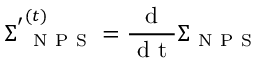
\boldsymbol { \Sigma ^ { ' } } _ { \mathrm { ~ N ~ P ~ S ~ } } ^ { ( t ) } = \frac { \mathrm { ~ d ~ } } { \mathrm { ~ d ~ t ~ } } \boldsymbol { \Sigma } _ { \mathrm { ~ N ~ P ~ S ~ } }